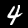
Label: 4